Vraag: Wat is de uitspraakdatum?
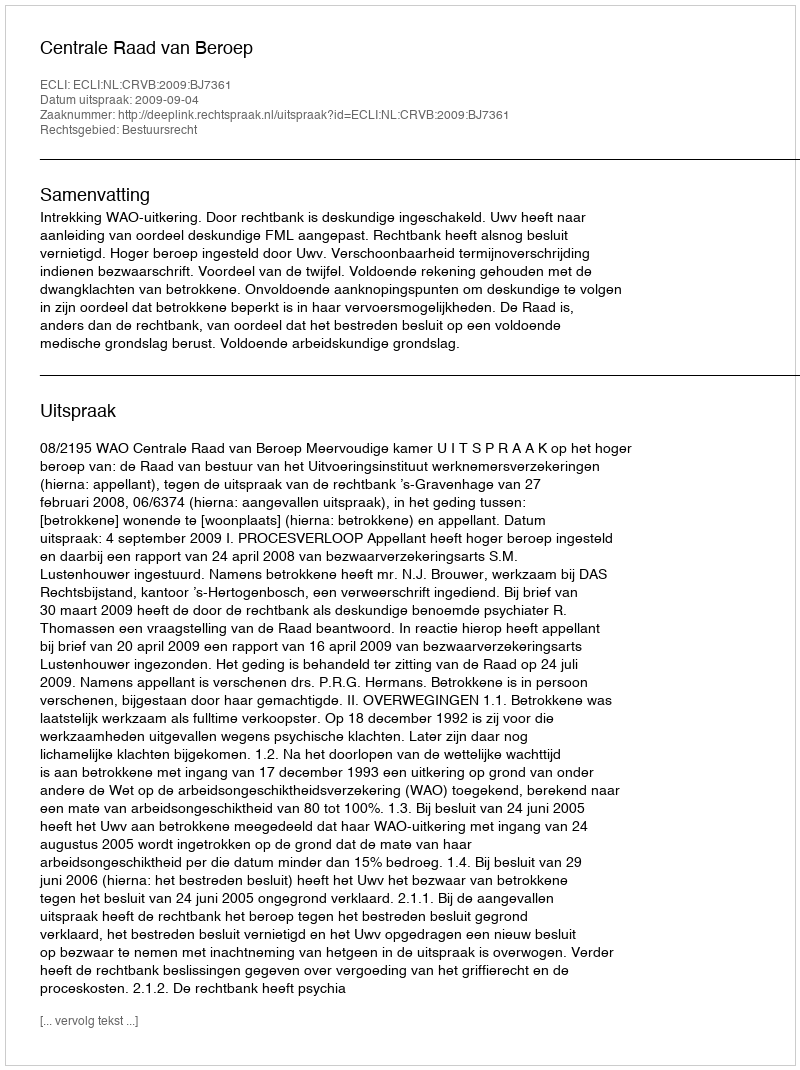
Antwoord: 2009-09-04